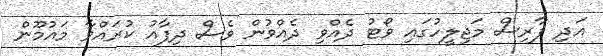
އަދި ފާރިސް މަޖިލީހުގައި ވޯޓު ދެއްވި ދެއްވުން ވެސް ދިފާއު ކުރައްވާ މައުމޫން